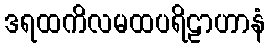
ဒရထကိလမထပရိဠာဟာနံ